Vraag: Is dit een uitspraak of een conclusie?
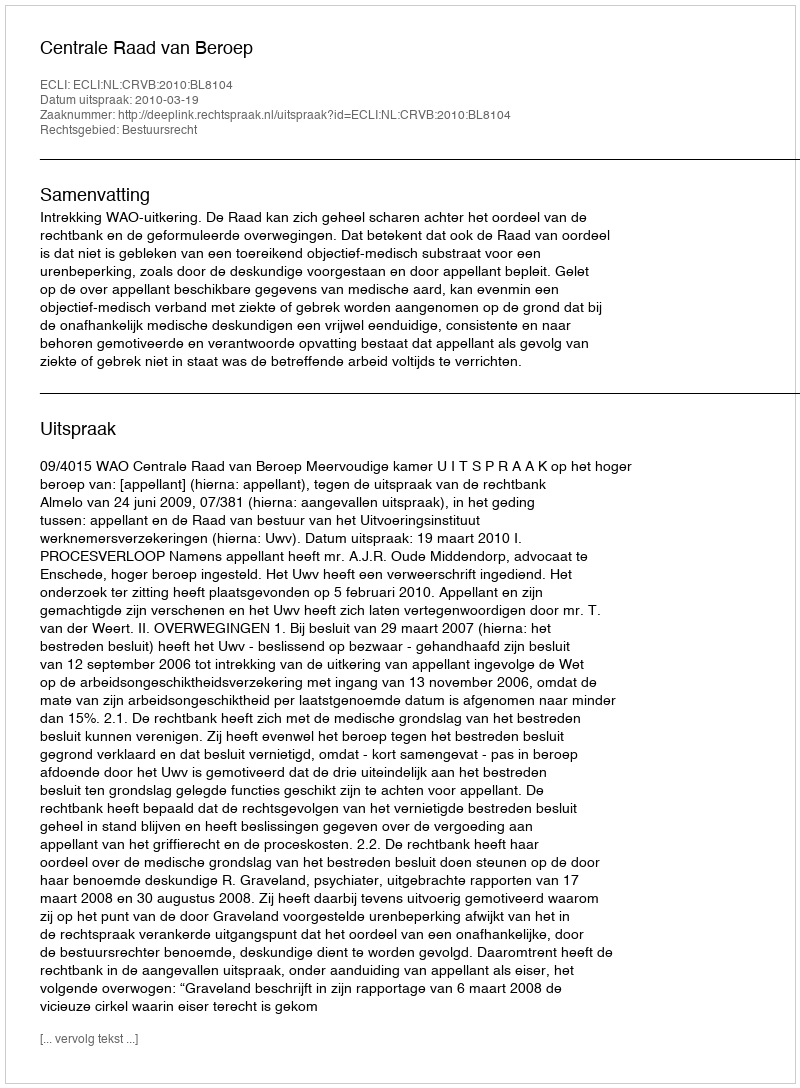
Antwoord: Uitspraak